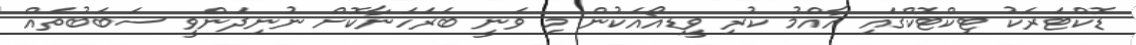
ޑޮކްޓަރަކު ޓިކްޓޮކްގައި އާއްމު ކުރި ވީޑިއޯއަކުން މި ވަނީ ބަރަހަނާކޮށް ނުނިދަންވީ ސަބަބުތައް